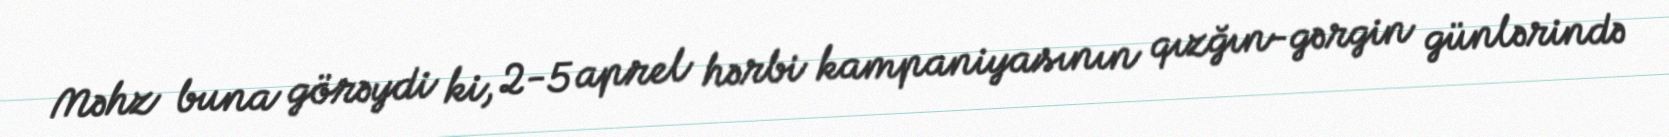
Məhz buna görəydi ki, 2-5 aprel hərbi kampaniyasının qızğın-gərgin günlərində